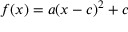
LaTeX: f ( x ) = a ( x - c ) ^ { 2 } + c